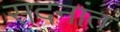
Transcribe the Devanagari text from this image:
सदनांत